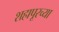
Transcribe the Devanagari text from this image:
शहापूरच्या